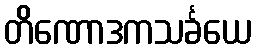
တိဏောဒကသင်္ခယေ